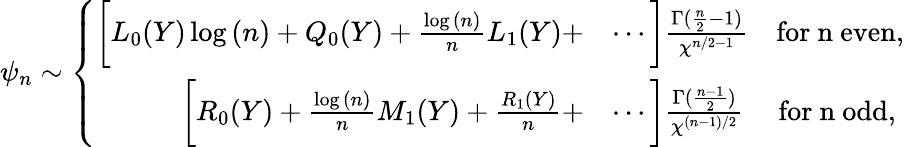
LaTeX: \psi_{n}\sim\left\{ \begin{array}{rl}{\bigg[L_{0}(Y)\log{(n)}+Q_{0}(Y)+\frac{\log{(n)}}{n}L_{1}(Y)+}&{\cdots\bigg]\frac{\Gamma(\frac{n}{2}-1)}{\chi^{n/2-1}}\quad\mathrm{for~n~even},}\\ {\bigg[R_{0}(Y)+\frac{\log{(n)}}{n}M_{1}(Y)+\frac{R_{1}(Y)}{n}+}&{\cdots\bigg]\frac{\Gamma(\frac{n-1}{2})}{\chi^{(n-1)/2}}\quad~\mathrm{for~n~odd},}\end{array}\right.